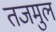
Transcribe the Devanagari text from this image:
तजमुल